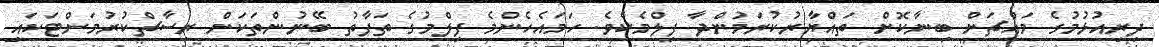
ދިރިއުޅުމުގެ މައްޗަށް ބިނާކޮށް ތައްޔާރުކުރަމުންދާ ފިލްމެކެވެ. ހަމައެހެންމެ ފިލްމުގެ ތަފާތު ބޭނުންތަކަށް ރިސާޗްކުރުމަށްޓަކައި